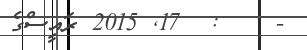
-    :  17